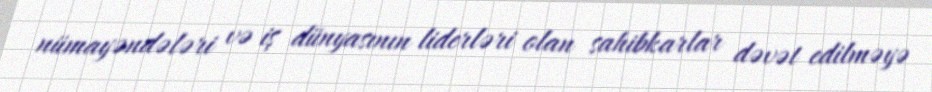
nümayəndələri və iş dünyasının liderləri olan sahibkarlar dəvət edilməyə